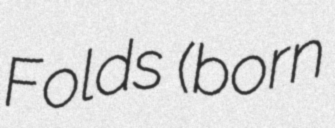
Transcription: Folds (born